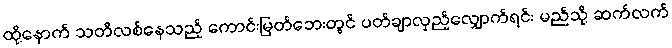
ထို့နောက် သတိလစ်နေသည့် ကောင်းမြတ်ဘေးတွင် ပတ်ချာလှည့်လျှောက်ရင်း မည်သို့ ဆက်လက်